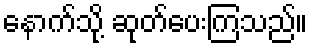
နောက်သို့ ဆုတ်ပေးကြသည်။